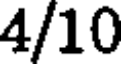
4/10